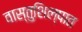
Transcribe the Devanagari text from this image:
वास्तुशिल्पात